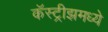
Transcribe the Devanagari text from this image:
कॅस्ट्रीझमध्ये